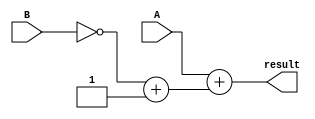
module Subtractor (
    input [7:0] A,
    input [7:0] B,
    output reg [7:0] result
);

reg [7:0] twos_complement_B;

assign twos_complement_B = ~B + 1;

always @* begin
    result = A + twos_complement_B;
end

endmodule